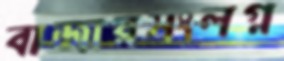
বাজারসংলগ্ন